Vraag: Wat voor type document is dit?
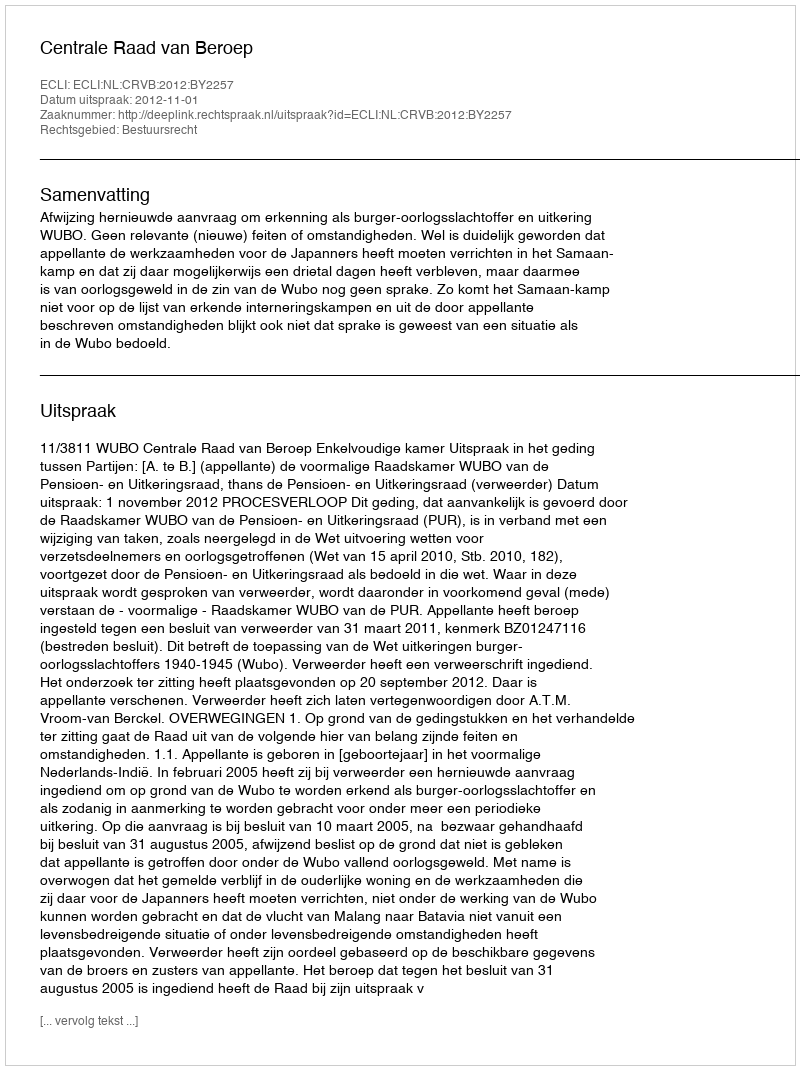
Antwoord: Uitspraak